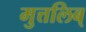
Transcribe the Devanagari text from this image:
मुत्तलिब्